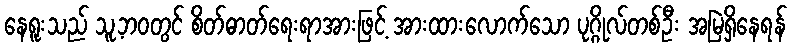
နေရူးသည် သူ့ဘဝတွင် စိတ်ဓာတ်ရေးရာအားဖြင့် အားထားလောက်သော ပုဂ္ဂိုလ်တစ်ဦး အမြဲရှိနေရန်